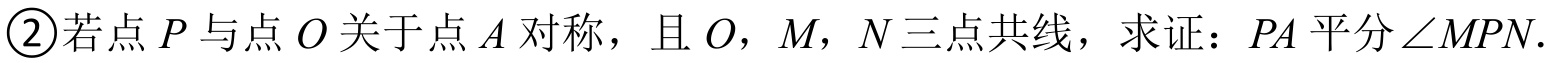
\textcircled{2}若点\(P\)与点\(O\)关于点\(A\)对称，且\(O\)，\(M\)，\(N\)三点共线，求证：\(PA\)平分\(\angle MPN\).